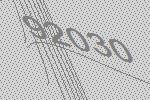
92030